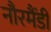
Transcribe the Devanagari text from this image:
नौरमैंडी